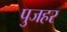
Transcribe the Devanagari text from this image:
पुजहर